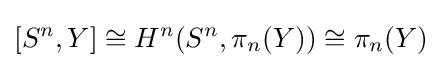
[S^{n},Y]\cong H^{n}(S^{n},\pi _{n}(Y))\cong \pi _{n}(Y)